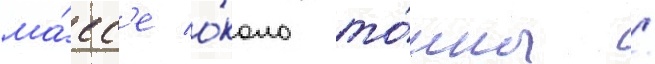
ма́сс'е о́коло то́нны /